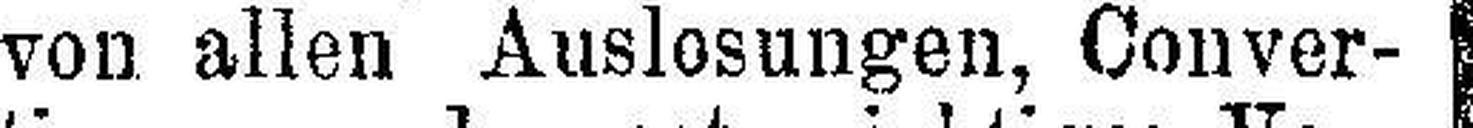
von allen Auslosungen, Conver¬